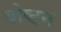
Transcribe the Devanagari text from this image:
बोष्टन